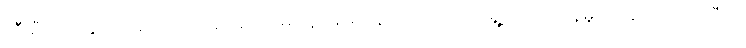
ဆီးရီးယားနိုင်ငံ အလက်ပိုအရှေ့ပိုင်းမှ သူပုန်များနဲ့ အရပ်သား ရွှေ့ပြောင်းနေမှု ရပ်ဆိုင်းလိုက်ပြီလို့